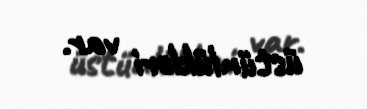
üstünlükləri var.